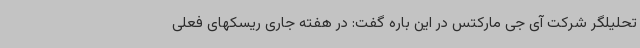
تحلیلگر شرکت آی جی مارکتس در این باره گفت: در هفته جاری ریسکهای فعلی